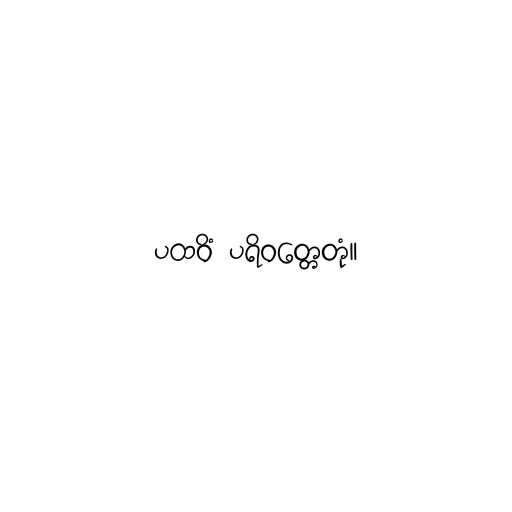
ပထဝိံ ပရိဝတ္တေတုံ။